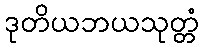
ဒုတိယဘယသုတ္တံ